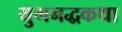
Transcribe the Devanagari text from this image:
युगनद्धकथा